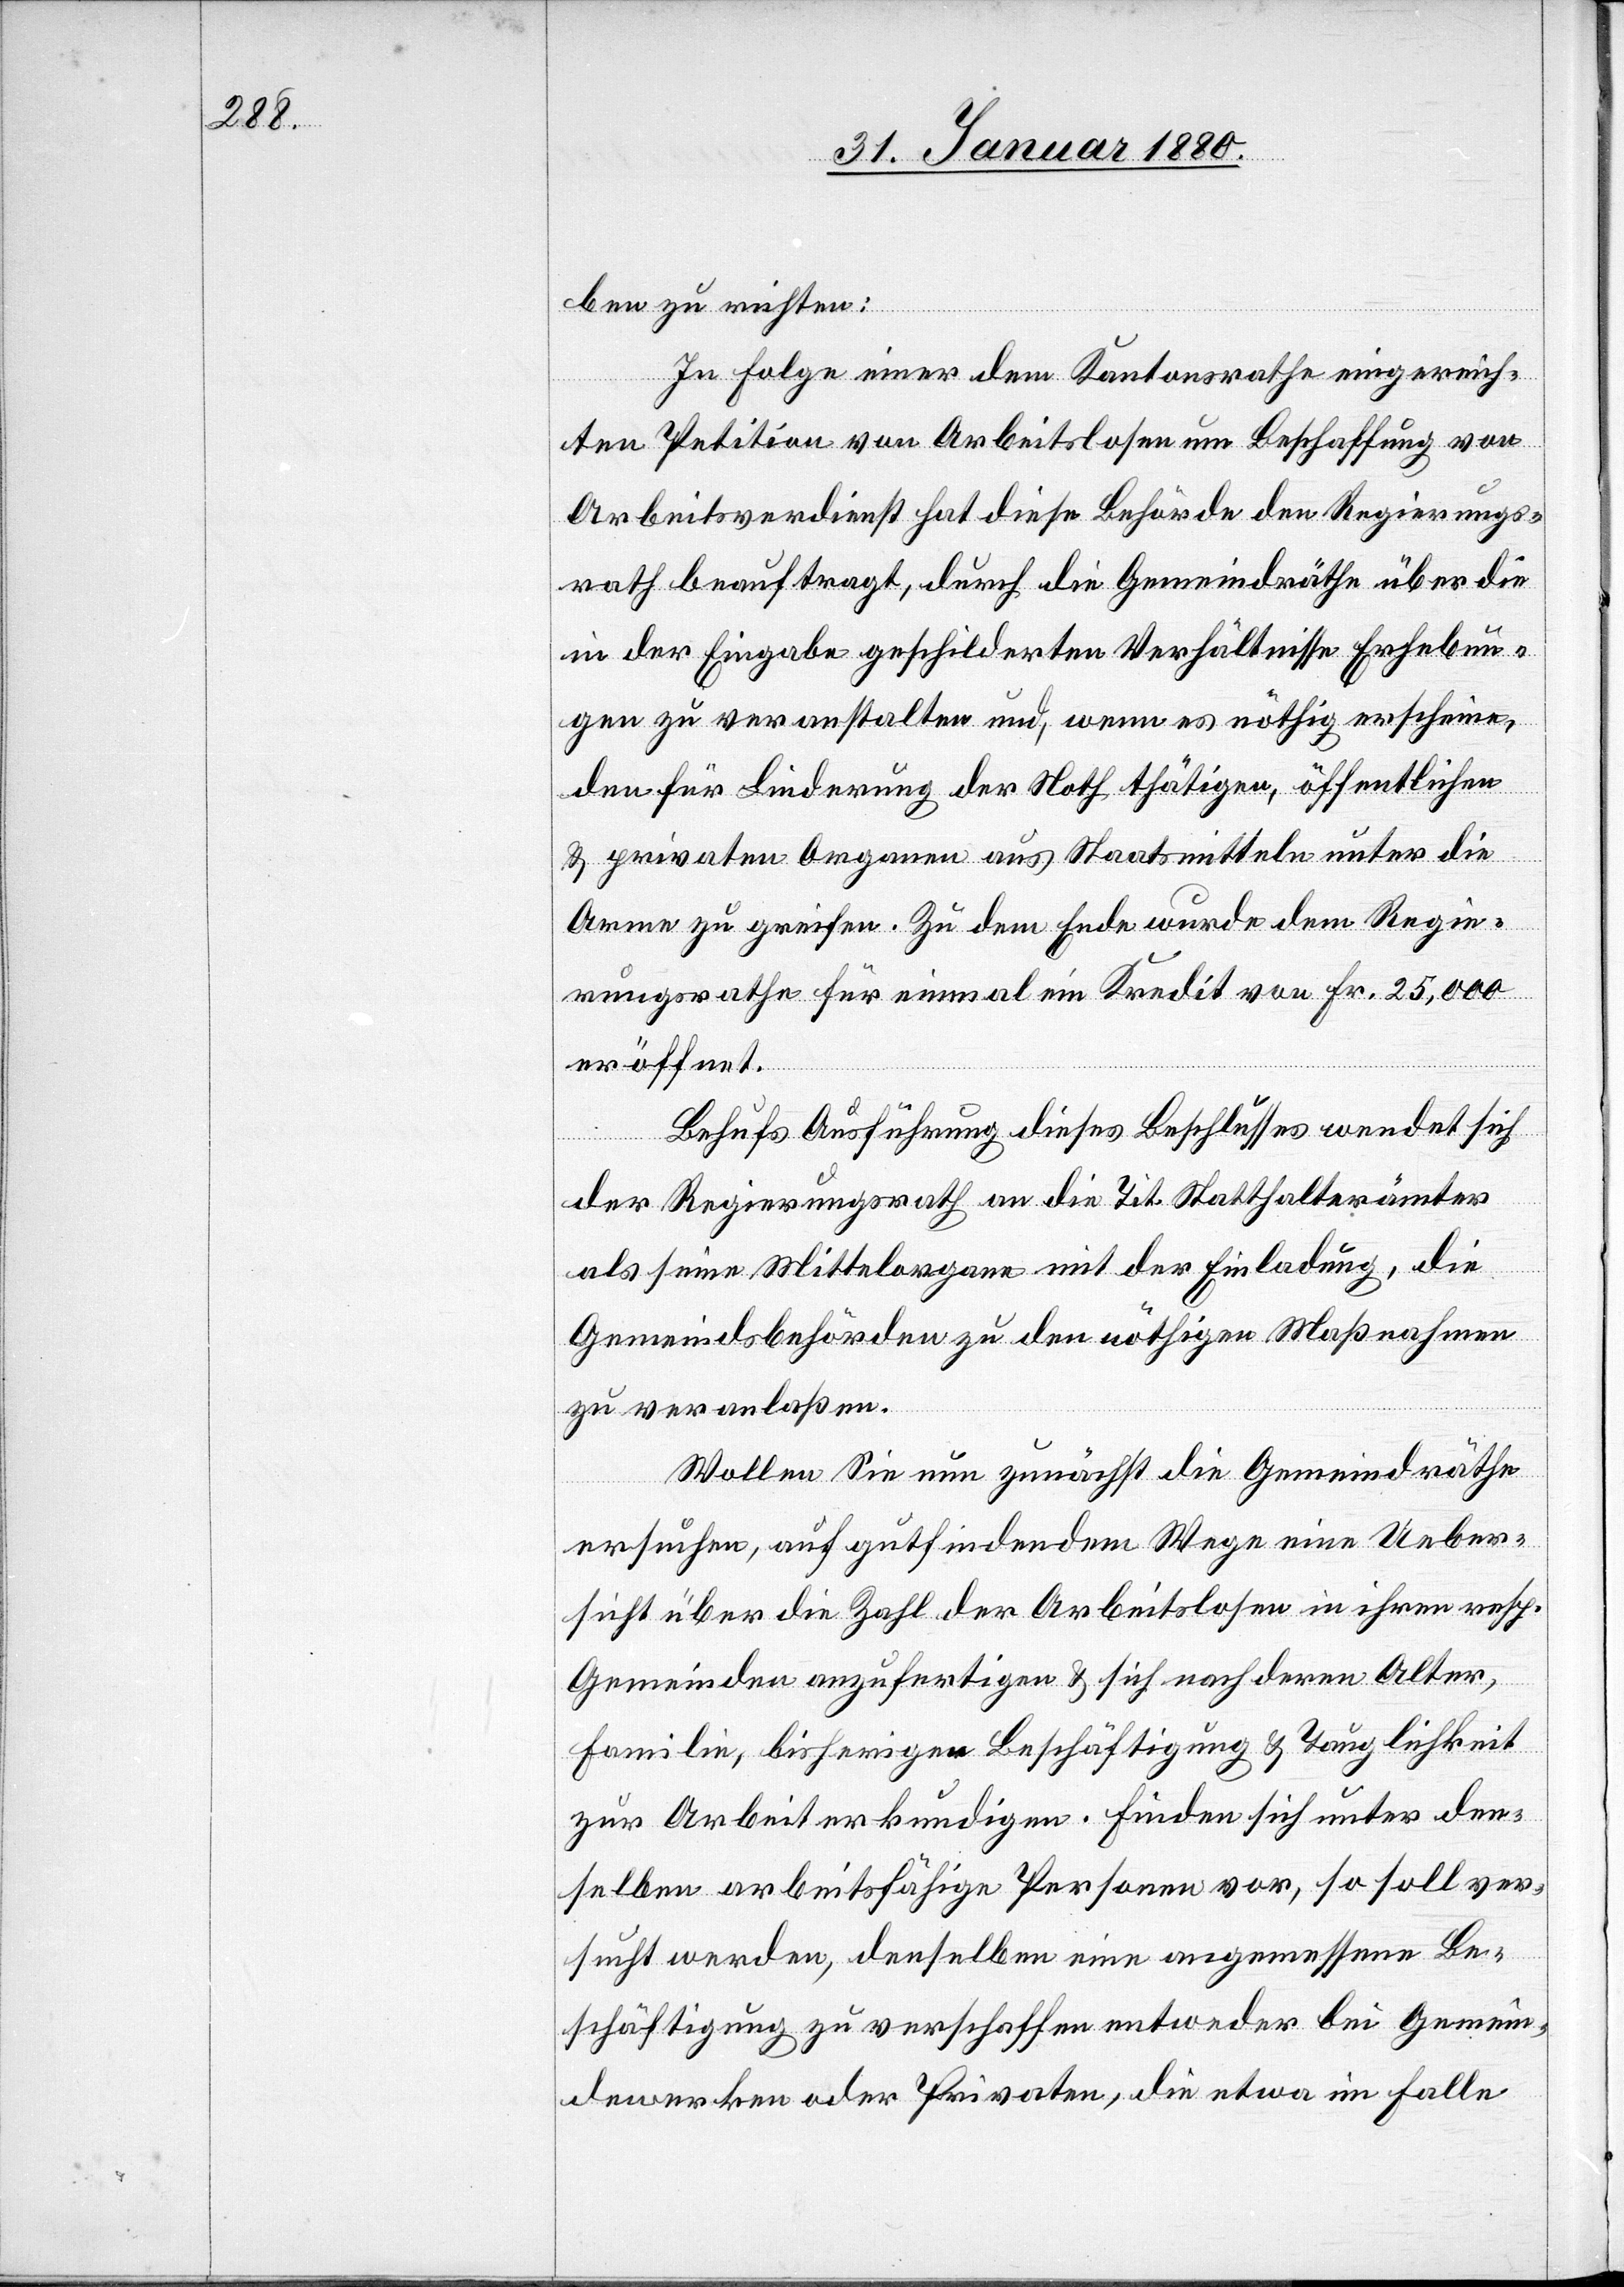
ben zu richten:
In Folge einer dem Kantonsrathe eingereich¬
ten Petition von Arbeitslosen um Beschaffung von
Arbeitsverdienst hat diese Behörde den Regierungs¬
rath beauftragt, durch die Gemeindräthe über die
in der Eingabe geschilderten Verhältnisse Erhebun¬
gen zu veranstalten und, wenn es nöthig erscheine,
den für Linderung der Noth thätigen, öffentlichen
& privaten Organen aus Staatsmitteln unter die
Arme zu greifen. Zu dem Ende wurde dem Regie¬
rungsrathe für einmal ein Kredit von Fr. 25,000
eröffnet.
Behufs Ausführung dieses Beschlusses wendet sich
der Regierungsrath an die Tit. Statthalterämter
als seine Mittelorgane mit der Einladung, die
Gemeindsbehörden zu den nöthigen Maßnahmen
zu veranlaßen.
Wollen Sie nun zunächst die Gemeindräthe
ersuchen, auf gutfindendem Wege eine Ueber¬
sicht über die Zahl der Arbeitslosen in ihren resp.
Gemeinden anzufertigen & sich nach deren Alter,
Familie, bisherigen Beschäftigung & Tauglichkeit
zur Arbeit erkundigen. Finden sich unter den¬
selben arbeitsfähige Personen vor, so soll ver¬
sucht werden, denselben eine angemessene Be¬
schäftigung zu verschaffen entweder bei Gemein¬
dewerken oder Privaten, die etwa im Falle